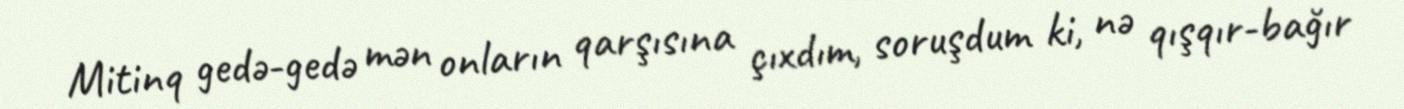
Mitinq gedə-gedə mən onların qarşısına çıxdım, soruşdum ki, nə qışqır-bağır